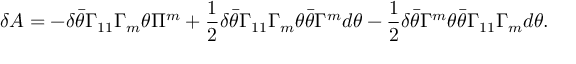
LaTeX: \delta A = - \delta \bar { \theta } \Gamma _ { 1 1 } \Gamma _ { m } \theta \Pi ^ { m } + { \frac { 1 } { 2 } } \delta \bar { \theta } \Gamma _ { 1 1 } \Gamma _ { m } \theta \bar { \theta } \Gamma ^ { m } d \theta - { \frac { 1 } { 2 } } \delta \bar { \theta } \Gamma ^ { m } \theta \bar { \theta } \Gamma _ { 1 1 } \Gamma _ { m } d \theta .